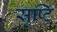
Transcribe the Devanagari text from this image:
स्रुष्टि